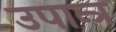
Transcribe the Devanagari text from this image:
उपान्त्र